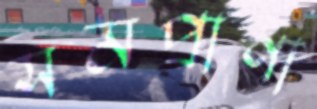
সমপ্রাণা